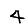
Digit: 4